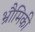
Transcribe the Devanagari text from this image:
भ्रौमिकी